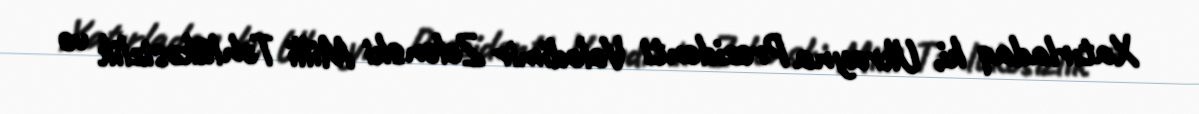
Xatırladaq ki, Ukrayna Prezidenti Volodimir Zelenski Milli Təhlükəsizlik və